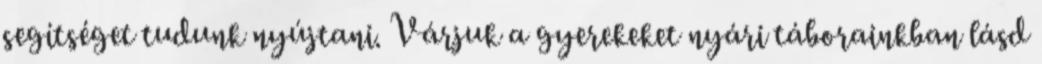
segítséget tudunk nyújtani. Várjuk a gyerekeket nyári táborainkban lásd